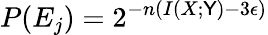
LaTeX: P(E_{j})=2^{-n(I(X;\mathsf{Y})-3\epsilon)}